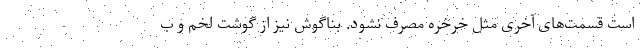
است قسمت‌های آخری مثل خرخره مصرف نشود. بناگوش نیز از گوشت لخم و ب